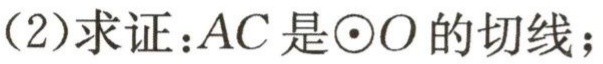
(2)求证：\(AC\)是\(\odot O\)的切线；